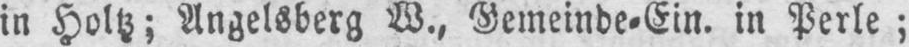
in Holtz; Angelsberg W., Gemeinde⸗Ein. in Perle;